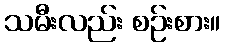
သမီးလည်း စဉ်းစား။